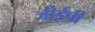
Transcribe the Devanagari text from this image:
जीईपी